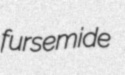
fursemide